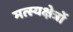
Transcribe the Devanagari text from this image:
मत्स्यक्षेत्रों